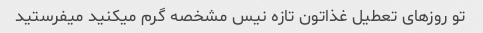
تو روز‌های تعطیل غذاتون تازه نیس مشخصه گرم میکنید میفرستید